Scottish Leaving Certificate Examination, 1959
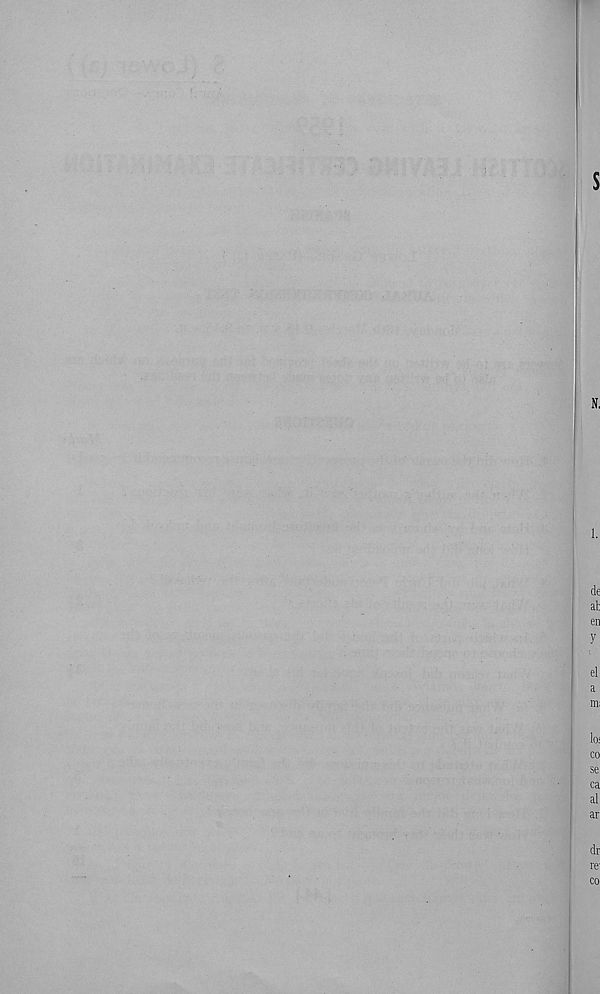
s
N.
1.
de
at
en
y
el
a
mi
lo‘
co
se
ca
al
ar
dr
re-
co